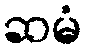
ဆမံ